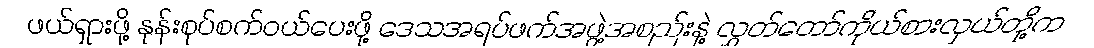
ဖယ်ရှားဖို့ နုန်းစုပ်စက်ဝယ်ပေးဖို့ ဒေသအရပ်ဖက်အဖွဲ့အစည်းနဲ့ လွှတ်တော်ကိုယ်စားလှယ်တို့က